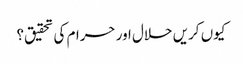
کیوں کریں حلال اور حرام کی تحقیق؟